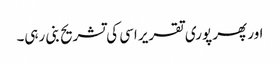
اور پھر پوری تقریر اسی کی تشریح بنی رہی۔